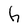
Character: h